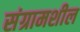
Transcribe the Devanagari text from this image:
संग्रामशील